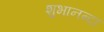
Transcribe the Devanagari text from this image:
शुभानन्दा